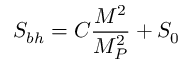
S _ { b h } = C \frac { M ^ { 2 } } { M _ { P } ^ { 2 } } + S _ { 0 }